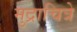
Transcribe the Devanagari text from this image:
मुद्राचित्रे